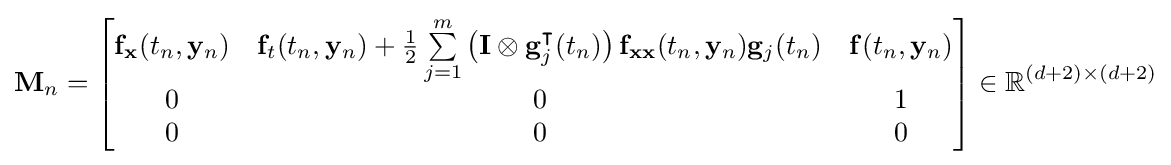
\mathbf {M} _{n}={\begin{bmatrix}\mathbf {f} _{\mathbf {x} }(t_{n},\mathbf {y} _{n})&\mathbf {f} _{t}(t_{n},\mathbf {y} _{n})+{\frac {1}{2}}\sum \limits _{j=1}^{m}\left(\mathbf {I} \otimes \mathbf {g} _{j}^{\intercal }(t_{n})\right)\mathbf {f} _{\mathbf {xx} }(t_{n},\mathbf {y} _{n})\mathbf {g} _{j}(t_{n})&\mathbf {f} (t_{n},\mathbf {y} _{n})\\0&0&1\\0&0&0\end{bmatrix}}\in \mathbb {R} ^{(d+2)\times (d+2)}